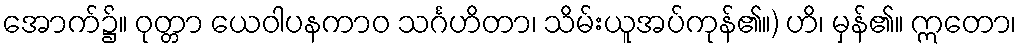
အောက်၌။ ဝုတ္တာ ယေဝါပနကာဝ သင်္ဂဟိတာ၊ သိမ်းယူအပ်ကုန်၏။) ဟိ၊ မှန်၏။ ဣတော၊